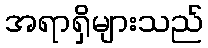
အရာရှိများသည်